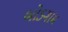
બોડગામ